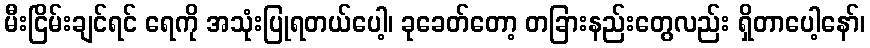
မီးငြိမ်းချင်ရင် ရေကို အသုံးပြုရတယ်ပေါ့၊ ခုခေတ်တော့ တခြားနည်းတွေလည်း ရှိတာပေါ့နော်၊